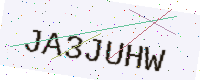
Text: JA3JUHW